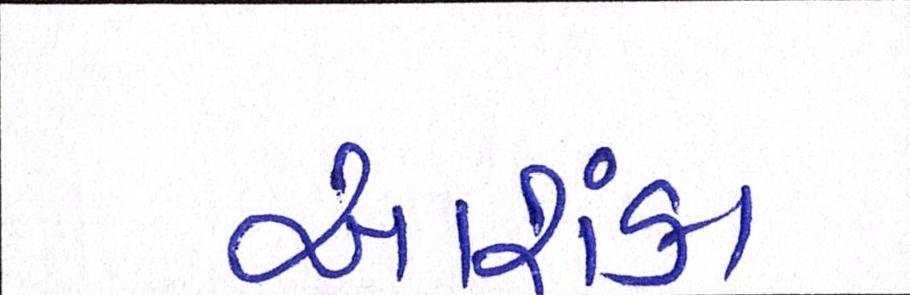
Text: આશંકા